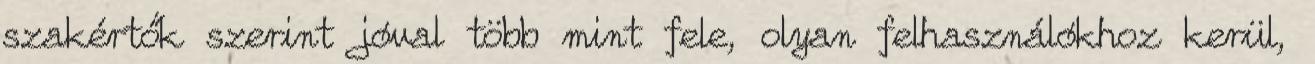
szakértők szerint jóval több mint fele, olyan felhasználókhoz kerül,